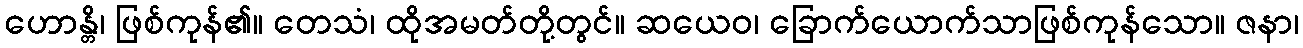
ဟောန္တိ၊ ဖြစ်ကုန်၏။ တေသံ၊ ထိုအမတ်တို့တွင်။ ဆယေဝ၊ ခြောက်ယောက်သာဖြစ်ကုန်သော။ ဇနာ၊